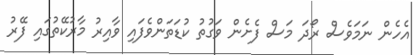
އެހެން ނަމަވެސް ރޯދަ މަސް ފެށެން ވަގުތު ކުޑަތަންވެފައި ވާއިރު މާރުކޭތުގައި ފޭރު